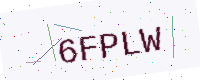
Text: 6FPLW